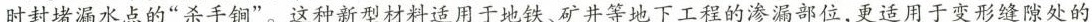
时封堵漏水点的”杀手锏”。这种新型材料适用于地铁、矿井等地下工程的渗漏部位，更适用于变形缝隙处的